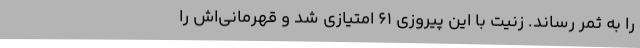
را به ثمر رساند. زنیت با این پیروزی ۶۱ امتیازی شد و قهرمانی‌اش را